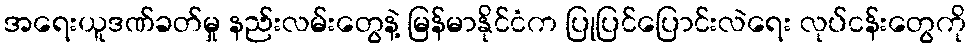
အရေးယူဒဏ်ခတ်မှု နည်းလမ်းတွေနဲ့ မြန်မာနိုင်ငံက ပြုပြင်ပြောင်းလဲရေး လုပ်ငန်းတွေကို